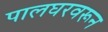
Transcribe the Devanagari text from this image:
पालघरवरून